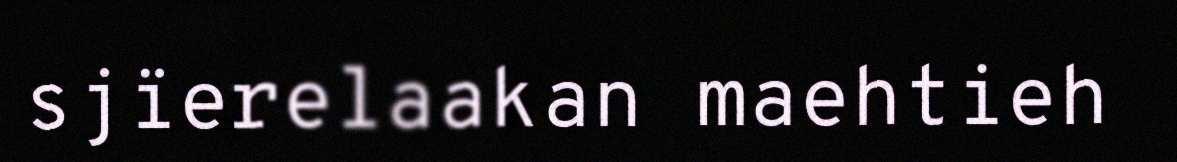
sjïerelaakan maehtieh